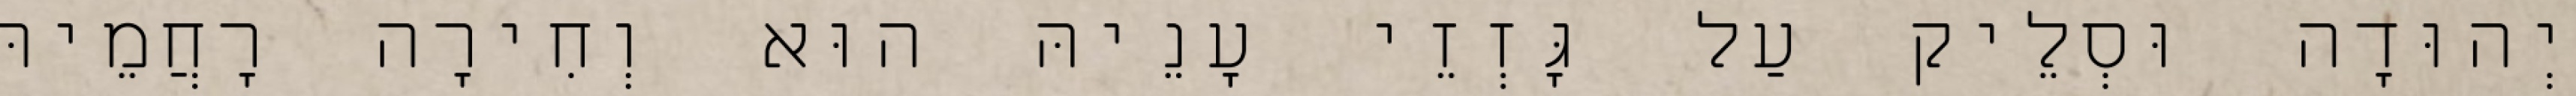
יְהוּדָה וּסְלֵיק עַל גָּזְזֵי עָנֵיהּ הוּא וְחִירָה רָחֲמֵיהּ